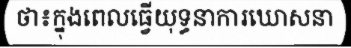
ថា៖ក្នុងពេលធ្វើយុទ្ធនាការឃោសនា